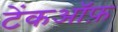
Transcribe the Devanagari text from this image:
टेंकऑफ़